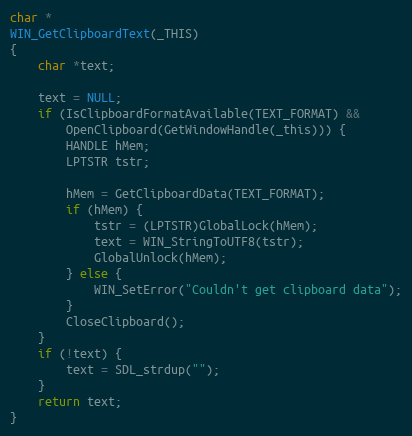
Language: C
char *
WIN_GetClipboardText(_THIS)
{
    char *text;

    text = NULL;
    if (IsClipboardFormatAvailable(TEXT_FORMAT) &&
        OpenClipboard(GetWindowHandle(_this))) {
        HANDLE hMem;
        LPTSTR tstr;

        hMem = GetClipboardData(TEXT_FORMAT);
        if (hMem) {
            tstr = (LPTSTR)GlobalLock(hMem);
            text = WIN_StringToUTF8(tstr);
            GlobalUnlock(hMem);
        } else {
            WIN_SetError("Couldn't get clipboard data");
        }
        CloseClipboard();
    }
    if (!text) {
        text = SDL_strdup("");
    }
    return text;
}